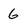
Character: G